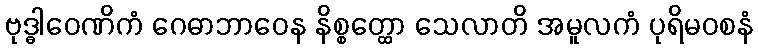
ဗုဒ္ဓါဝေဏိကံ ဂေဓာဘာဝေန နိစ္စတ္ထော သေလာတိ အမူလကံ ပုရိမဝစနံ